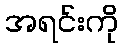
အရင်းကို